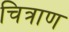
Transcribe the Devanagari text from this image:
चित्राण